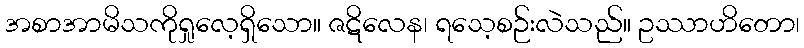
အစာအာမိသကိုရှုလေ့ရှိသော။ ဇဋိလေန၊ ရသေ့စဉ်းလဲသည်။ ဥဿာဟိတော၊